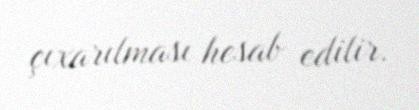
çıxarılması hesab edilir.